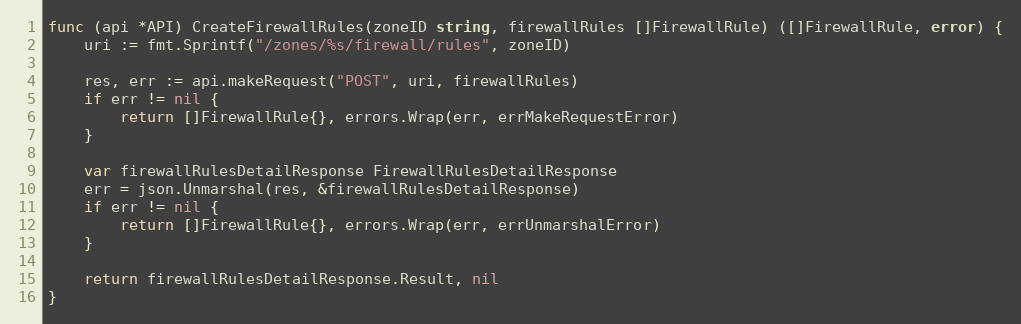
Language: Go
func (api *API) CreateFirewallRules(zoneID string, firewallRules []FirewallRule) ([]FirewallRule, error) {
	uri := fmt.Sprintf("/zones/%s/firewall/rules", zoneID)

	res, err := api.makeRequest("POST", uri, firewallRules)
	if err != nil {
		return []FirewallRule{}, errors.Wrap(err, errMakeRequestError)
	}

	var firewallRulesDetailResponse FirewallRulesDetailResponse
	err = json.Unmarshal(res, &firewallRulesDetailResponse)
	if err != nil {
		return []FirewallRule{}, errors.Wrap(err, errUnmarshalError)
	}

	return firewallRulesDetailResponse.Result, nil
}